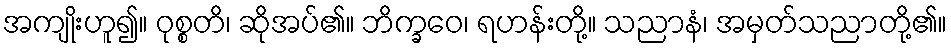
အကျိုးဟူ၍။ ဝုစ္စတိ၊ ဆိုအပ်၏။ ဘိက္ခဝေ၊ ရဟန်းတို့။ သညာနံ၊ အမှတ်သညာတို့၏။